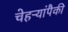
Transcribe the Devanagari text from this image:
चेहऱ्यांपैकी